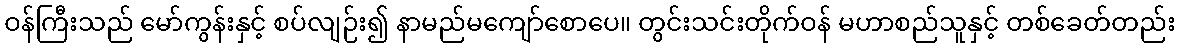
ဝန်ကြီးသည် မော်ကွန်းနှင့် စပ်လျဉ်း၍ နာမည်မကျော်စောပေ။ တွင်းသင်းတိုက်ဝန် မဟာစည်သူနှင့် တစ်ခေတ်တည်း